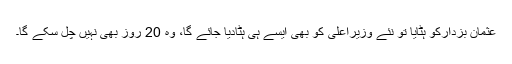
عثمان بزدارکو ہٹایا تو نئے وزیراعلیٰ کو بھی ایسے ہی ہٹادیا جائے گا، وہ 20 روز بھی نہیں چل سکے گا۔